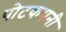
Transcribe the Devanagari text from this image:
पोटकंपनी